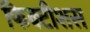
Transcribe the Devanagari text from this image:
फिक्टीशस